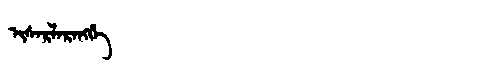
Manchu: ᡳᠰᠠᡵᠯᠠᡵᠠᠩᡤᡝ
Romanization: ISARLARANGGE